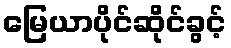
မြေယာပိုင်ဆိုင်ခွင့်